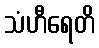
သံဟီရေတိ